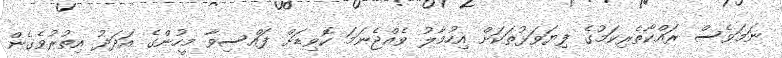
ނަމަވެސް ރައްކާތެރިކަމުގެ ފިޔަވަޅުތަކަށް އިހުމާލު ވެއްޖެނަމަ ކޮވިޑަށް ފައްސިވާ މީހުންގެ އަދަދު އިތުރުވެގެން